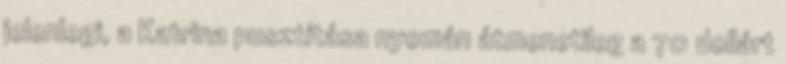
jelenlegi, a Katrina pusztítása nyomán átmenetileg a 70 dollárt